Lunatic asylums United Provinces 1909-1921 - 1909-1921
Year: 1909
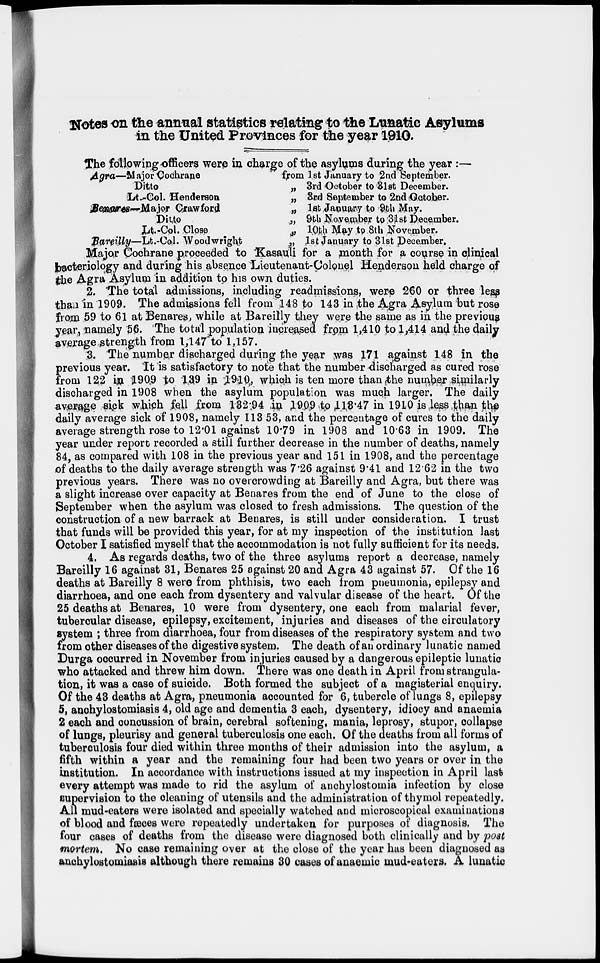
Notes on the annual statistics relating to the Lunatic Asylums
in the United Provinces for the year 1910.
The following officers were in charge of the asylums during the year :—
Agra—M ajor Cochrane
Ditto
Lt.-Col. Henderson
Benares––Major Crawford
Ditto
Lt.-Col. Close
Bareilly—Lt.-Col. Woodwright
from 1 st January to 2nd September.
„ 3rd October to 31 st December.
„ 3rd September to 2nd October.
„ 1st January to 9th May.
„ 9th -November to 31st December.
„ 10th May to 8th November.
„ 1st January to 31st December.
Major Cochrane proceeded to Kasauli for a month for a course in clinical
bacteriology and during his absence Lieutenant-Colonel Henderson held charge of
the Agra Asylum in addition to his own duties.
2. The total admissions, including readmissions, were 260 or three less
than in 1909. The admissions fell from 148 to 143 in the Agra Asylum but rose
from 59 to 61 at Benares , while at Bareilly they were the same as in the previous
year, namely 56. The total population increased from 1,410 to 1,414 and the daily
average strength from 1,147 to 1,157.
3. The number discharged during the year was 171 against 148 in the
previous year. It is satisfactory to note that the number discharged as cured rose
from 122 in 1909 to 139 in 1910, which is ten more than the number similarly
discharged in 1908 when the asylum population was much larger. The daily
average sick which fell from 132 94 in 1909 to 113.47 in 1910 is,less than the
daily average sick of 1908, namely 113 53, and the percentage of cures to the daily
average strength rose to 12.01 against 10.79 in 1908 and 10.63 in 1909. The
year under report recorded a still further decrease in the number of deaths, namely
84, as compared with 108 in the previous year and 151 in 1908, and the percentage
of deaths to the daily average strength was 7.26 against 9.41 and 1262 in the two
previous years. There was no overcrowding at Bareilly and Agra, but there was
a slight increase over capacity at Benares from the end of June to the close of
September when the asylum was closed to fresh admissions. The question of the
construction of a new barrack at Benares, is still under consideration. I trust
that funds will be provided this year, for at my inspection of the institution last
October I satisfied myself that the accommodation is not fully sufficient for its needs.
4. As regards deaths, two of the three asylums report a decrease, namely
Bareilly 16 against 31, Benares 25 against 20 and Agra 43 against 57. Of the 16
deaths at Bareilly 8 were from phthisis, two each from pneumonia, epilepsy and
diarrhoea, and one each from dysentery and valvular disease of the heart. Of the
25 deaths at Benares, 10 were from dysentery, one each from malarial fever,
tubercular disease, epilepsy, excitement, injuries and diseases of the circulatory
system ; three from diarrhoea, four from diseases of the respiratory system and two
from other diseases of the digestive system. The death of an ordinary lunatic named
Durga occurred in November from injuries caused by a dangerous epileptic lunatic
who attacked and threw him down. There was one death in April from strangula-
tion, it was a case of suicide. Both formed the subject of a magisterial enquiry.
Of the 43 deaths at Agra, pneumonia accounted for 6, tubercle of lungs 8, epilepsy
5, anchylostomiasis 4, old age and dementia 3 each, dysentery, idiocy and anaemia
2 each and concussion of brain, cerebral softening, mania, leprosy, stupor, collapse
of lungs, pleurisy and general tuberculosis one each. Of the deaths from all forms of
tuberculosis four died within three months of their admission into the asylum, a
fifth within a year and the remaining four had been two years or over in the
institution. In accordance with instructions issued at my inspection in April last
every attempt was made to rid the asylum of anchylostomia infection by close
supervision to the cleaning of utensils and the administration of thymol repeatedly.
All mud-eaters were isolated and specially watched and microscopical examinations
of blood and fæces were repeatedly undertaken for purposes of diagnosis. The
four cases of deaths from the disease were diagnosed both clinically and by post
mortem. No case remaining over at the close of the year has been diagnosed as
anchylostomiasis although there remains 30 cases of anaemic mud-eaters. A lunatic